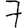
Digit: 7